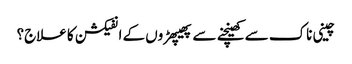
چینی ناک سے کھینچنے سے پھیپھڑوں کے انفیکشن کا علاج؟